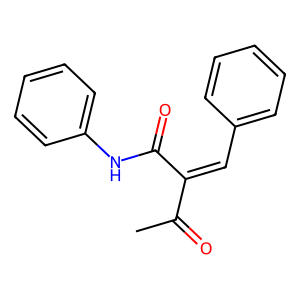
SMILES: CC(=O)C(=Cc1ccccc1)C(=O)Nc1ccccc1
Inhibits HIV replication: No